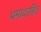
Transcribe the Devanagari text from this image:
प्रमादरहित